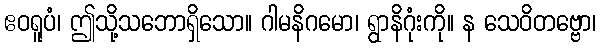
ဧဝရူပံ၊ ဤသို့သဘောရှိသော။ ဂါမနိဂမော၊ ရွာနိဂုံးကို။ န သေဝိတဗ္ဗော၊